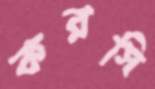
করসি